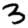
Digit: 3